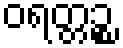
ဝရတ္တဉ္စ